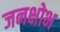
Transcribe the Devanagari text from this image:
जनक्षोभ